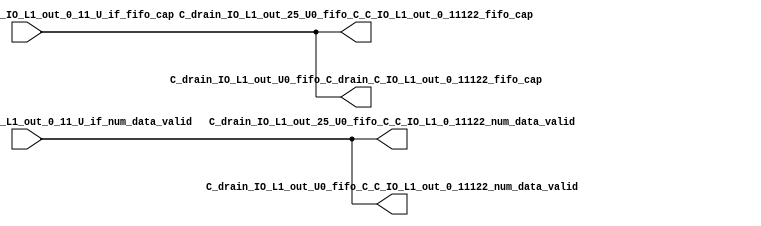
// ==================================================
// RTL generated by RapidStream
//
// Copyright 2024 RapidStream Design Automation, Inc.
// All Rights Reserved.
// ==================================================
`timescale 1 ns / 1 ps
module __rs_kernel3_aux_split_aux_50 #(
    parameter C_S_AXI_CONTROL_DATA_WIDTH  = 32,
    parameter C_S_AXI_CONTROL_ADDR_WIDTH  = 6,
    parameter C_S_AXI_DATA_WIDTH          = 32,
    parameter C_M_AXI_GMEM_A_ID_WIDTH     = 1,
    parameter C_M_AXI_GMEM_A_ADDR_WIDTH   = 64,
    parameter C_M_AXI_GMEM_A_DATA_WIDTH   = 512,
    parameter C_M_AXI_GMEM_A_AWUSER_WIDTH = 1,
    parameter C_M_AXI_GMEM_A_ARUSER_WIDTH = 1,
    parameter C_M_AXI_GMEM_A_WUSER_WIDTH  = 1,
    parameter C_M_AXI_GMEM_A_RUSER_WIDTH  = 1,
    parameter C_M_AXI_GMEM_A_BUSER_WIDTH  = 1,
    parameter C_M_AXI_GMEM_A_USER_VALUE   = 0,
    parameter C_M_AXI_GMEM_A_PROT_VALUE   = 0,
    parameter C_M_AXI_GMEM_A_CACHE_VALUE  = 3,
    parameter C_M_AXI_DATA_WIDTH          = 32,
    parameter C_M_AXI_GMEM_B_ID_WIDTH     = 1,
    parameter C_M_AXI_GMEM_B_ADDR_WIDTH   = 64,
    parameter C_M_AXI_GMEM_B_DATA_WIDTH   = 512,
    parameter C_M_AXI_GMEM_B_AWUSER_WIDTH = 1,
    parameter C_M_AXI_GMEM_B_ARUSER_WIDTH = 1,
    parameter C_M_AXI_GMEM_B_WUSER_WIDTH  = 1,
    parameter C_M_AXI_GMEM_B_RUSER_WIDTH  = 1,
    parameter C_M_AXI_GMEM_B_BUSER_WIDTH  = 1,
    parameter C_M_AXI_GMEM_B_USER_VALUE   = 0,
    parameter C_M_AXI_GMEM_B_PROT_VALUE   = 0,
    parameter C_M_AXI_GMEM_B_CACHE_VALUE  = 3,
    parameter C_M_AXI_GMEM_C_ID_WIDTH     = 1,
    parameter C_M_AXI_GMEM_C_ADDR_WIDTH   = 64,
    parameter C_M_AXI_GMEM_C_DATA_WIDTH   = 512,
    parameter C_M_AXI_GMEM_C_AWUSER_WIDTH = 1,
    parameter C_M_AXI_GMEM_C_ARUSER_WIDTH = 1,
    parameter C_M_AXI_GMEM_C_WUSER_WIDTH  = 1,
    parameter C_M_AXI_GMEM_C_RUSER_WIDTH  = 1,
    parameter C_M_AXI_GMEM_C_BUSER_WIDTH  = 1,
    parameter C_M_AXI_GMEM_C_USER_VALUE   = 0,
    parameter C_M_AXI_GMEM_C_PROT_VALUE   = 0,
    parameter C_M_AXI_GMEM_C_CACHE_VALUE  = 3,
    parameter C_S_AXI_CONTROL_WSTRB_WIDTH = 4,
    parameter C_S_AXI_WSTRB_WIDTH         = 4,
    parameter C_M_AXI_GMEM_A_WSTRB_WIDTH  = 64,
    parameter C_M_AXI_WSTRB_WIDTH         = 4,
    parameter C_M_AXI_GMEM_B_WSTRB_WIDTH  = 64,
    parameter C_M_AXI_GMEM_C_WSTRB_WIDTH  = 64
) (
    output wire [1:0] C_drain_IO_L1_out_25_U0_fifo_C_C_IO_L1_0_11122_num_data_valid,
    output wire [1:0] C_drain_IO_L1_out_25_U0_fifo_C_C_IO_L1_out_0_11122_fifo_cap,
    output wire [1:0] C_drain_IO_L1_out_U0_fifo_C_C_IO_L1_out_0_11122_num_data_valid,
    output wire [1:0] C_drain_IO_L1_out_U0_fifo_C_drain_C_IO_L1_out_0_11122_fifo_cap,
    input wire  [1:0] fifo_C_drain_C_drain_IO_L1_out_0_11_U_if_fifo_cap,
    input wire  [1:0] fifo_C_drain_C_drain_IO_L1_out_0_11_U_if_num_data_valid
);
assign C_drain_IO_L1_out_25_U0_fifo_C_C_IO_L1_0_11122_num_data_valid = fifo_C_drain_C_drain_IO_L1_out_0_11_U_if_num_data_valid;
assign C_drain_IO_L1_out_25_U0_fifo_C_C_IO_L1_out_0_11122_fifo_cap = fifo_C_drain_C_drain_IO_L1_out_0_11_U_if_fifo_cap;
assign C_drain_IO_L1_out_U0_fifo_C_C_IO_L1_out_0_11122_num_data_valid = fifo_C_drain_C_drain_IO_L1_out_0_11_U_if_num_data_valid;
assign C_drain_IO_L1_out_U0_fifo_C_drain_C_IO_L1_out_0_11122_fifo_cap = fifo_C_drain_C_drain_IO_L1_out_0_11_U_if_fifo_cap;
endmodule